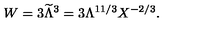
W = 3 { \widetilde \Lambda } ^ { 3 } = 3 \Lambda ^ { 1 1 / 3 } X ^ { - 2 / 3 } .